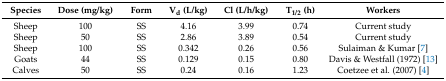
| Species | Dose (mg/kg) | Form | Vd (L/kg) | Cl (L/h/kg) | T1/2 (h) | Workers |
 | --- | --- | --- | --- | --- | --- | --- |
 | Sheep | 100 | SS | 4.16 | 3.99 | 0.74 | Current study |
 | Sheep | 50 | SS | 2.86 | 3.89 | 0.54 | Current study |
 | Sheep | 100 | SS | 0.342 | 0.26 | 0.56 | Sulaiman & Kumar [7] |
 | Goats | 44 | SS | 0.129 | 0.15 | 0.80 | Davis & Westfall (1972) [13] |
 | Calves | 50 | SS | 0.24 | 0.16 | 1.23 | Coetzee et al. (2007) [4] |